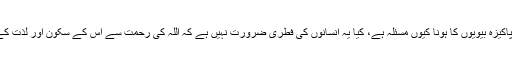
اب اس پورے پیکیج میں پاکیزہ بیویوں کا ہونا کیوں مسئلہ ہے، کیا یہ انسانوں کی فطری ضرورت نہیں ہے کہ اللہ کى رحمت سے اس کے سکون اور لذت کے لئے پاکیزہ بیویاں ہوں؟